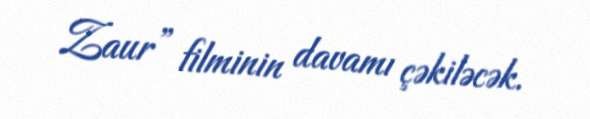
Zaur” filminin davamı çəkiləcək.